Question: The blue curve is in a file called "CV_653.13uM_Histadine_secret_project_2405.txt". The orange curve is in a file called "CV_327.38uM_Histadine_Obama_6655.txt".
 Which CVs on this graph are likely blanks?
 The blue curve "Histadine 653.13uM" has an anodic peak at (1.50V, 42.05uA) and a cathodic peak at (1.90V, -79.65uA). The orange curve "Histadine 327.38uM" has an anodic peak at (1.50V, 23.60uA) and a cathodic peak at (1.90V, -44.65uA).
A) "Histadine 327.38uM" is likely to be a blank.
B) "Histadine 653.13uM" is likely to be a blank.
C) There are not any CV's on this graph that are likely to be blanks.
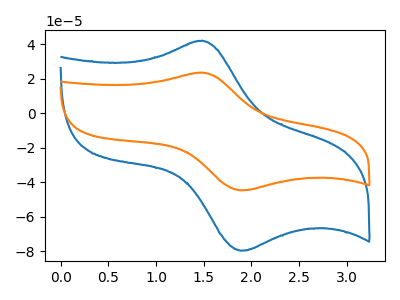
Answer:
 <answer>C) There are not any CV's on this graph that are likely to be blanks.</answer>
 <eval>C</eval>